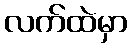
လက်ထဲမှာ